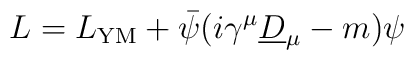
L = L_{\rm YM} + \bar{\psi} (i \gamma^\mu\underline{D}_\mu - m) \psi